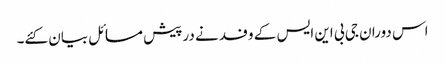
اس دوران جی بی این ایس کے وفد نے درپیش مسائل بیان کئے۔